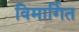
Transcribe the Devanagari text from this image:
विमार्गित